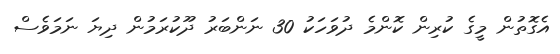
އެގޮތުން މީގެ ކުރިން ކޮންމެ ދުވަހަކު 30 ނަންބަރު ދޫކުރަމުން ދިޔަ ނަމަވެސް